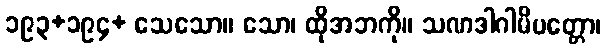
၁၉၃+၁၉၄+ သေသော။ သော၊ ထိုအဘကို။ သဏဒါဂါမိပတ္တော၊